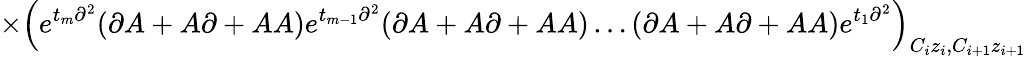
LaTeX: \times\left(e^{t_{m}\partial^{2}}(\partial A+A\partial+AA)e^{t_{m-1}\partial^{2}}(\partial A+A\partial+AA)\ldots(\partial A+A\partial+AA)e^{t_{1}\partial^{2}}\right)_{C_{i}z_{i},C_{i+1}z_{i+1}}